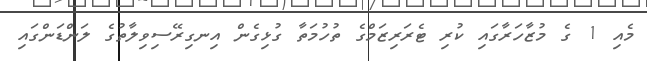
މެއި 1 ގެ މުޒާހަރާގައި ކުރި ޓެރަރިޒަމްގެ ތުހުމަތާ ގުޅިގެން އިނގިރޭސިވިލާތުގެ ލަންޑަންގައި